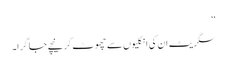
‘‘
سگریٹ ان کی انگلیوں سے چھوٹ کر نیچے جا گرا۔